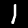
Label: 1